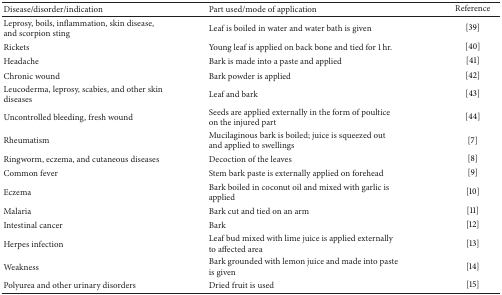
<table><thead><tr><td><b>Disease/disorder/indication</b></td><td><b>Part used/mode of application</b></td><td><b>Reference</b></td></tr></thead><tbody><tr><td>Leprosy, boils, inflammation, skin disease, and scorpion sting</td><td>Leaf is boiled in water and water bath is given</td><td>[39]</td></tr><tr><td>Rickets</td><td>Young leaf is applied on back bone and tied for 1 hr.</td><td>[40]</td></tr><tr><td>Headache</td><td>Bark is made into a paste and applied</td><td>[41]</td></tr><tr><td>Chronic wound</td><td>Bark powder is applied</td><td>[42]</td></tr><tr><td>Leucoderma, leprosy, scabies, and other skin diseases</td><td>Leaf and bark</td><td>[43]</td></tr><tr><td>Uncontrolled bleeding, fresh wound </td><td>Seeds are applied externally in the form of poultice on the injured part</td><td>[44]</td></tr><tr><td>Rheumatism</td><td>Mucilaginous bark is boiled; juice is squeezed out and applied to swellings</td><td>[7]</td></tr><tr><td>Ringworm, eczema, and cutaneous diseases</td><td>Decoction of the leaves</td><td>[8]</td></tr><tr><td>Common fever</td><td>Stem bark paste is externally applied on forehead</td><td>[9]</td></tr><tr><td>Eczema</td><td>Bark boiled in coconut oil and mixed with garlic is applied</td><td>[10]</td></tr><tr><td>Malaria</td><td>Bark cut and tied on an arm</td><td>[11]</td></tr><tr><td>Intestinal cancer</td><td>Bark</td><td>[12]</td></tr><tr><td>Herpes infection</td><td>Leaf bud mixed with lime juice is applied externally to affected area</td><td>[13]</td></tr><tr><td>Weakness</td><td>Bark grounded with lemon juice and made into paste is given</td><td>[14]</td></tr><tr><td>Polyurea and other urinary disorders</td><td>Dried fruit is used</td><td>[15]</td></tr></tbody></table>